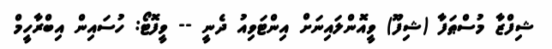
ޝިފްޒާ މުސްޠަފާ (ޝިފޫ) ވީއޮންލައިނަށް އިންޓަވިއު ދެނީ -- ވީފޮޓޯ: ހުސައިން އިބްރާހީމް